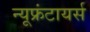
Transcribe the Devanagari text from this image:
न्यूफ्रंटायर्स